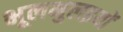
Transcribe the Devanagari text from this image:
भूलभुलइयों